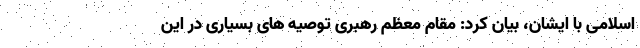
اسلامی با ایشان، بیان کرد: مقام معظم رهبری توصیه های بسیاری در این